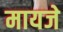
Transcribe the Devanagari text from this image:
मायजे